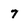
Character: 7